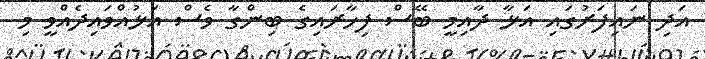
އަދި ނައިފަރުގައި އަޅާ ދާއިމީ ބޭސް ފިހާރައިގެ ބިންގާ ވެސް އަޅުއްވައިދެއްވީ މި